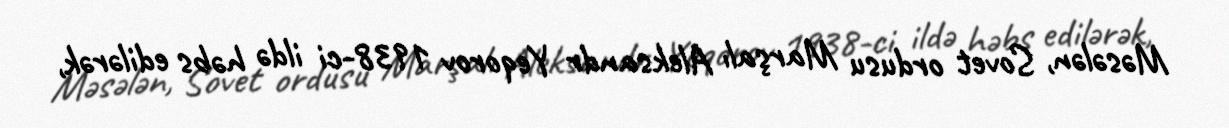
Məsələn, Sovet ordusu Marşalı Aleksandr Yeqorov 1938-ci ildə həbs edilərək,